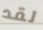
لقد